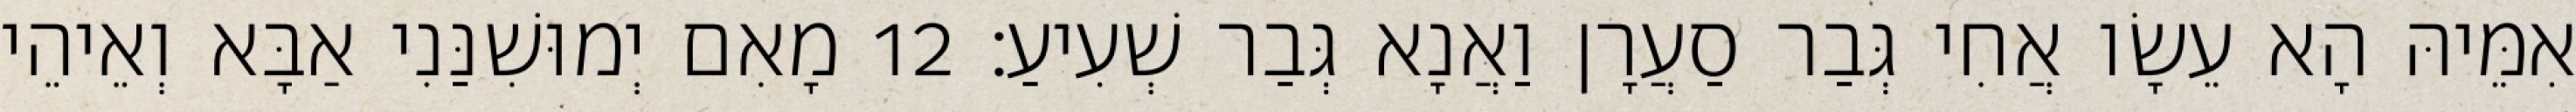
אִמֵּיהּ הָא עֵשָׂו אֲחִי גְּבַר סַעֲרָן וַאֲנָא גְּבַר שְׁעִיעַ׃ 12 מָאִם יְמוּשִׁנַּנִי אַבָּא וְאֵיהֵי